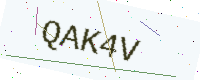
Text: QAK4V